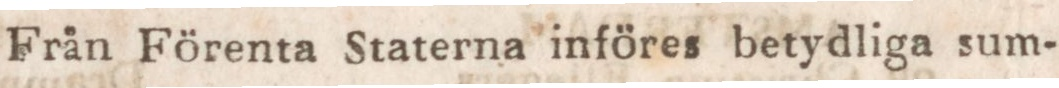
Från Förenta Staterna införes betydliga sum-